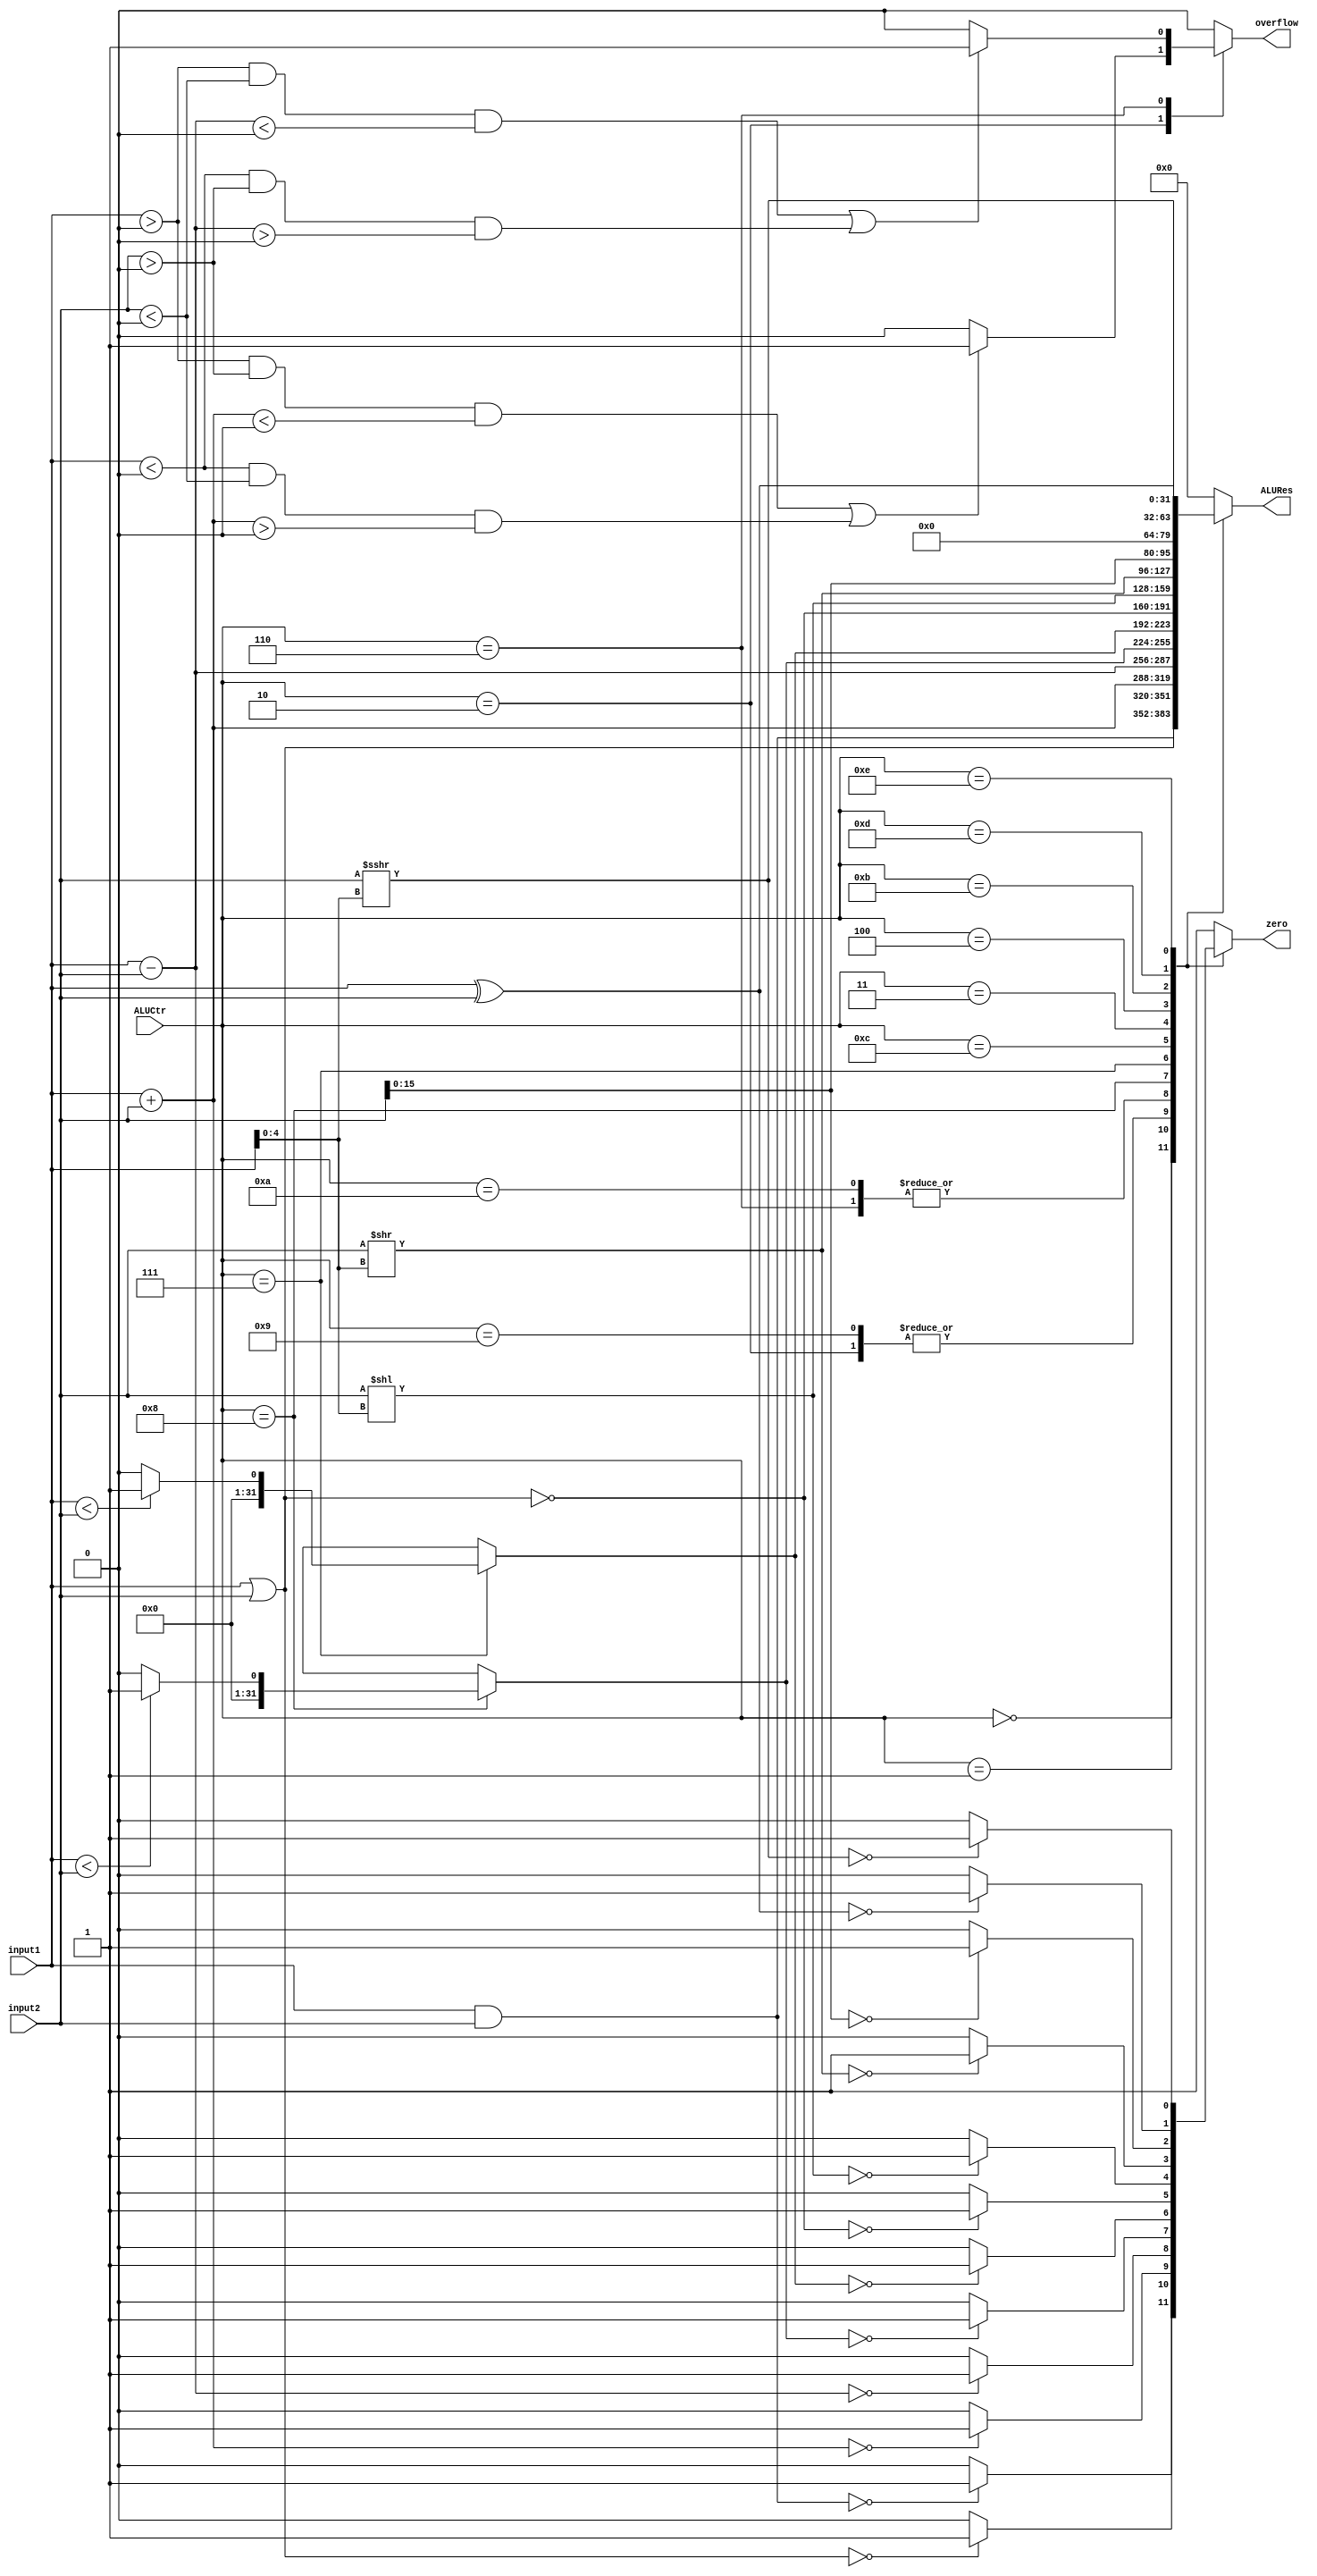
`timescale 1ns / 1ps
//////////////////////////////////////////////////////////////////////////////////
// Company: 
// Engineer: 
// 
// Design Name: 
// Module Name: ALU
// Project Name: 
// Target Devices: 
// Tool Versions: 
// Description: 
// 
// Dependencies: 
// 
// Revision:
// Revision 0.01 - File Created
// Additional Comments:
// 
//////////////////////////////////////////////////////////////////////////////////


module ALU(
    input [31:0] input1,
    input [31:0] input2,
    input [3:0] ALUCtr,
    output zero,
    output overflow, //new
    output [31:0] ALURes
    );
    
    reg Zero;
    reg Overflow;
    reg [31:0] alures;
    reg signed [31:0] signed_input1;
    reg signed [31:0] signed_input2;
    reg signed [31:0] signed_result;
    
    //0000-and 0001-or 0010-add 0011-sll
    //0100-srl 0101-jr 0110-sub 0111-slt
    //1000-sltu 1001-addu 1010-subu 1011-lui
    //1100-nor 1101-xor 1110-sra 1111-
    
    always @ (input1 or input2 or ALUCtr)
    begin
        case(ALUCtr)
            4'b0000: //and
            begin
                alures = input1 & input2;
                if(alures == 0)
                    Zero = 1;
                else
                    Zero = 0;
                Overflow = 0;
            end
            
            4'b0001: //or
            begin
                alures = input1 | input2;
                if(alures == 0)
                    Zero = 1;
                else
                    Zero = 0;
                Overflow = 0;
            end
            
            4'b0010: //add
            begin
                alures = input1 + input2;
                if(alures == 0)
                    Zero = 1;
                else
                    Zero = 0;
                signed_input1 = input1;
                signed_input2 = input2;
                signed_result = alures;
                if(signed_input1 > 0 && signed_input2 > 0 && signed_result < 0
                || signed_input1 < 0 && signed_input2 < 0 && signed_result > 0) begin
                    Overflow = 1;
                end
                else begin
                    Overflow = 0;
                end
            end
            
            4'b1001: //addu
            begin
                alures = input1 + input2;
                if(alures == 0)
                    Zero = 1;
                else
                    Zero = 0;
                Overflow = 0;
            end
            
            4'b0110: //sub
            begin
                alures = input1 - input2;
                if(alures == 0)
                    Zero = 1;
                else
                    Zero = 0;
                signed_input1 = input1;
                signed_input2 = input2;
                signed_result = alures;
                if(signed_input1 > 0 && signed_input2 < 0 && signed_result < 0
                || signed_input1 < 0 && signed_input2 > 0 && signed_result > 0) begin
                    Overflow = 1;
                end
                else begin
                    Overflow = 0;
                end
            end
            
            4'b1010: //subu
            begin
                alures = input1 - input2;
                if(alures == 0)
                    Zero = 1;
                else
                    Zero = 0;
                Overflow = 0;
            end
            
            4'b1000: //sltu
            begin
                if(input1 < input2)
                    alures = 1;
                else
                    alures = 0;
                if(alures == 0)
                    Zero = 1;
                else
                    Zero = 0;
                Overflow = 0;
            end
            
            4'b0111: //slt
            begin
                signed_input1 = input1;
                signed_input2 = input2;
                if(signed_input1 < signed_input2)
                    alures = 1;
                else
                    alures = 0;
                if(alures == 0)
                    Zero = 1;
                else
                    Zero = 0;
                Overflow = 0;
            end
            
            4'b1100: //nor
            begin
                alures = ~(input1 | input2);
                if(alures == 0)
                    Zero = 1;
                else
                    Zero = 0;
                Overflow = 0;
            end
            
            4'b0011://sll
            begin
                alures = input2 << input1[4:0];
                if(alures == 0)
                    Zero = 1;
                else
                    Zero = 0;
                Overflow = 0;
            end
            
            4'b0100://srl
            begin
                alures = input2 >> input1[4:0];
                if(alures == 0)
                    Zero = 1;
                else
                    Zero = 0;
                Overflow = 0;
            end
            
            4'b0101://jr
            begin
                alures = 0;
                Zero = 1;
                Overflow = 0;
            end
            
            4'b1011://lui
            begin
                alures = {{input2[15:0]},16'b0};
                if(alures == 0)
                    Zero = 1;
                else
                    Zero = 0;
                Overflow = 0;
            end
            
            4'b1101://xor
            begin
                alures = input1 ^ input2;
                if(alures == 0)
                    Zero = 1;
                else
                    Zero = 0;
                Overflow = 0;
            end
            
            4'b1110://sra
            begin
                signed_input2 = input2;
                alures = signed_input2 >>> input1[4:0];
                if(alures == 0)
                    Zero = 1;
                else
                    Zero = 0;
                Overflow = 0;
            end
            
            default:
            begin
                alures = 0;
                Zero = 1;
                Overflow = 0;
            end
        endcase
    end
    assign ALURes = alures;
    assign zero = Zero;
    assign overflow = Overflow;
    
endmodule